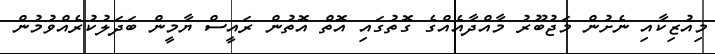
މިއުޒިކާއި ނެށުން މަޖުބޫރު މާއްދާއެއްގެ ގޮތުގައި އޮތް އޮތުން ރައީސް ޔާމީން ބަދަލުކުރެއްވުމުން